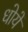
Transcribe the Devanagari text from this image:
धोयें